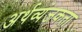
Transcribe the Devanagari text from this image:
अर्थव्यंजकता